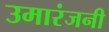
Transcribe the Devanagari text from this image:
उमारंजनी